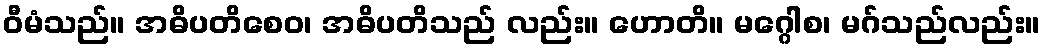
ဝီမံသည်။ အဓိပတိစေဝ၊ အဓိပတိသည် လည်း။ ဟောတိ။ မဂ္ဂေါစ၊ မဂ်သည်လည်း။